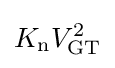
K_{\text{n}}V_{\text{GT}}^{2}